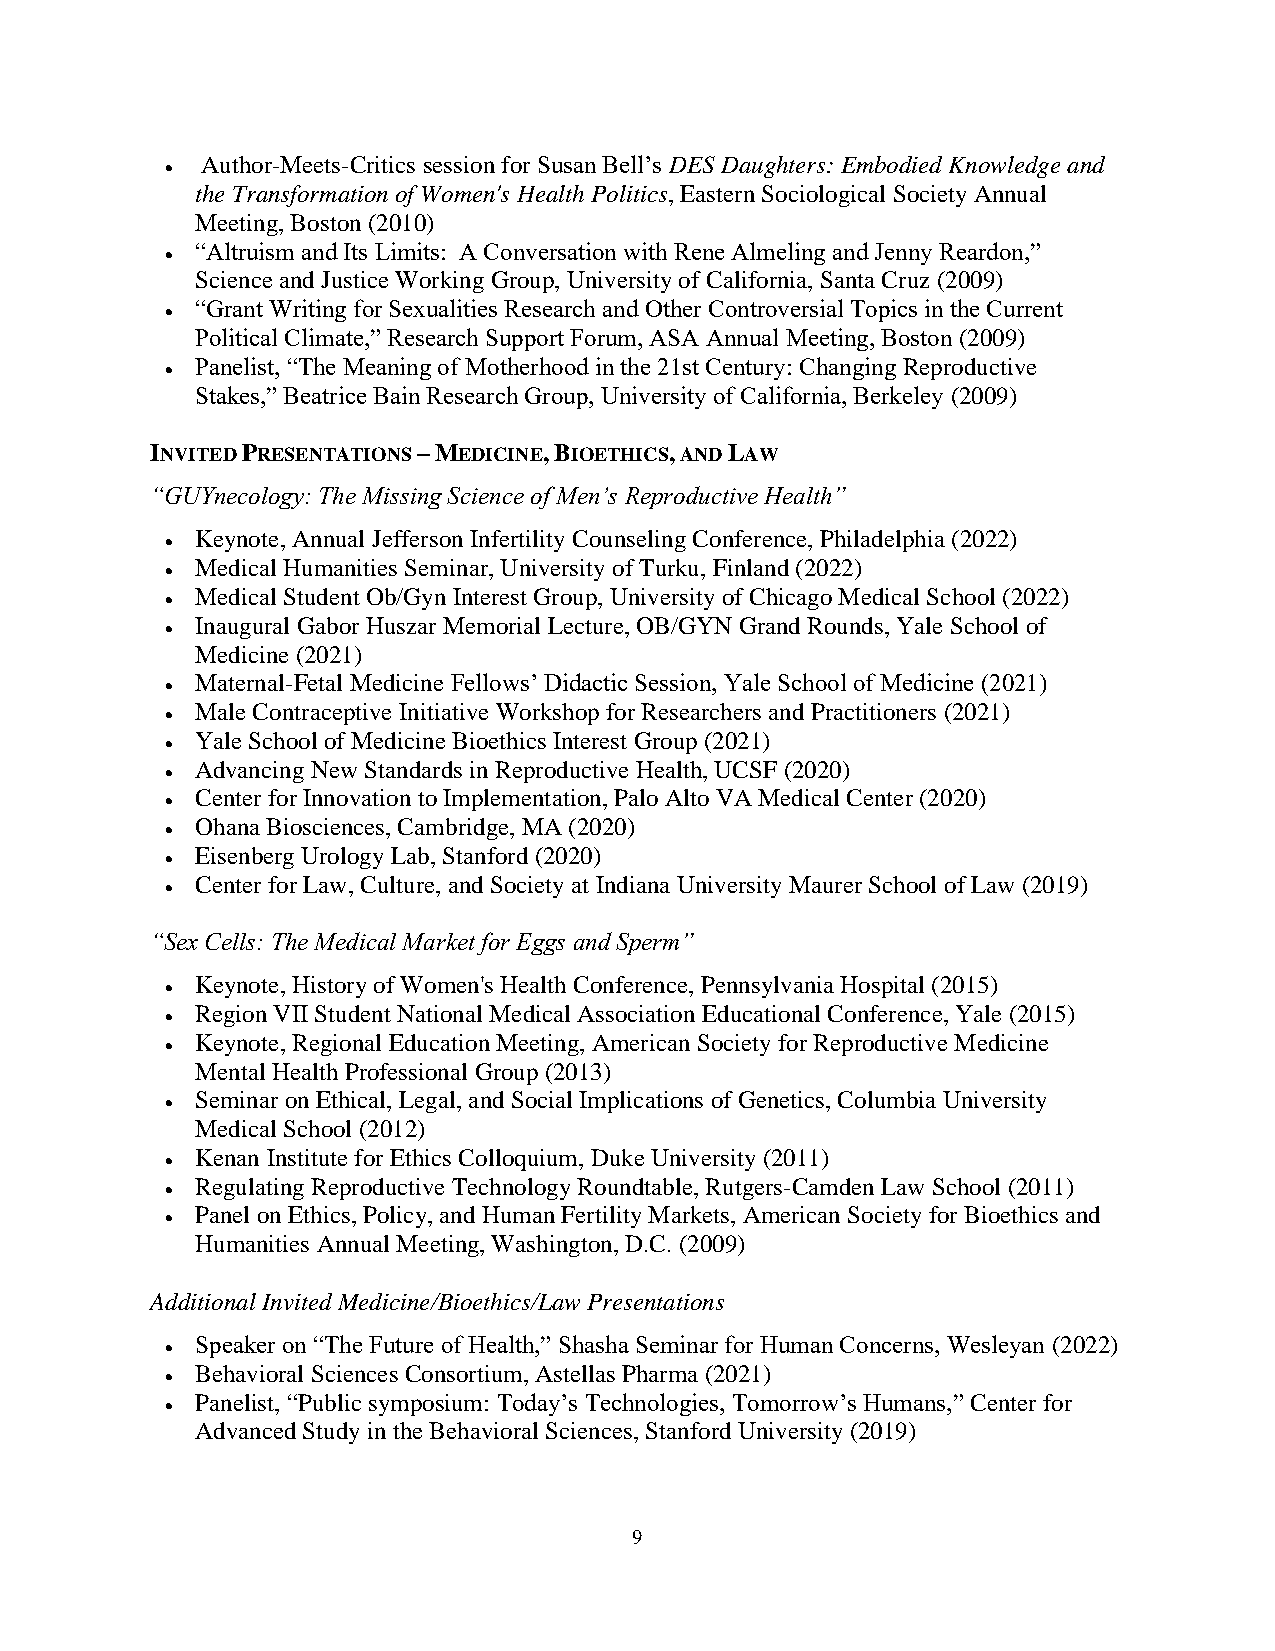
Author-Meets-Critics session for Susan Bell’s DES Daughters: Embodied Knowledge and
 •
 the Transformation of Women's Health Politics, Eastern Sociological Society Annual
 Meeting, Boston (2010)
 “Altruism and Its Limits: A Conversation with Rene Almeling and Jenny Reardon,”
 •
 Science and Justice Working Group, University of California, Santa Cruz (2009)
 “Grant Writing for Sexualities Research and Other Controversial Topics in the Current
 •
 Political Climate,” Research Support Forum, ASA Annual Meeting, Boston (2009)
 Panelist, “The Meaning of Motherhood in the 21st Century: Changing Reproductive
 •
 Stakes,” Beatrice Bain Research Group, University of California, Berkeley (2009)
 INVITED PRESENTATIONS – MEDICINE, BIOETHICS, AND LAW
 “GUYnecology: The Missing Science of Men’s Reproductive Health”
 Keynote, Annual Jefferson Infertility Counseling Conference, Philadelphia (2022)
 •
 Medical Humanities Seminar, University of Turku, Finland (2022)
 •
 Medical Student Ob/Gyn Interest Group, University of Chicago Medical School (2022)
 •
 Inaugural Gabor Huszar Memorial Lecture, OB/GYN Grand Rounds, Yale School of
 •
 Medicine (2021)
 Maternal-Fetal Medicine Fellows’ Didactic Session, Yale School of Medicine (2021)
 •
 Male Contraceptive Initiative Workshop for Researchers and Practitioners (2021)
 •
 Yale School of Medicine Bioethics Interest Group (2021)
 •
 Advancing New Standards in Reproductive Health, UCSF (2020)
 •
 Center for Innovation to Implementation, Palo Alto VA Medical Center (2020)
 •
 Ohana Biosciences, Cambridge, MA (2020)
 •
 Eisenberg Urology Lab, Stanford (2020)
 •
 Center for Law, Culture, and Society at Indiana University Maurer School of Law (2019)
 •
 “Sex Cells: The Medical Market for Eggs and Sperm”
 Keynote, History of Women's Health Conference, Pennsylvania Hospital (2015)
 •
 Region VII Student National Medical Association Educational Conference, Yale (2015)
 •
 Keynote, Regional Education Meeting, American Society for Reproductive Medicine
 •
 Mental Health Professional Group (2013)
 Seminar on Ethical, Legal, and Social Implications of Genetics, Columbia University
 •
 Medical School (2012)
 Kenan Institute for Ethics Colloquium, Duke University (2011)
 •
 Regulating Reproductive Technology Roundtable, Rutgers-Camden Law School (2011)
 •
 Panel on Ethics, Policy, and Human Fertility Markets, American Society for Bioethics and
 •
 Humanities Annual Meeting, Washington, D.C. (2009)
 Additional Invited Medicine/Bioethics/Law Presentations
 Speaker on “The Future of Health,” Shasha Seminar for Human Concerns, Wesleyan (2022)
 •
 Behavioral Sciences Consortium, Astellas Pharma (2021)
 •
 Panelist, “Public symposium: Today’s Technologies, Tomorrow’s Humans,” Center for
 •
 Advanced Study in the Behavioral Sciences, Stanford University (2019)
 9